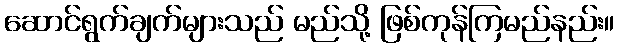
ဆောင်ရွက်ချက်များသည် မည်သို့ ဖြစ်ကုန်ကြမည်နည်း။